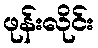
ဖုန်းလိုင်း